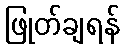
ဖြုတ်ချရန်